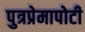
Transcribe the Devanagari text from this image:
पुत्रप्रेमापोटी